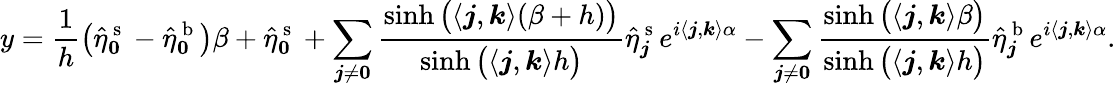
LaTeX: y=\frac{1}{h}\big(\hat{\eta}_{\boldsymbol 0}^{\mathrm{~s~}}-\hat{\eta}_{\boldsymbol 0}^{\mathrm{~b~}}\big)\beta+\hat{\eta}_{\boldsymbol 0}^{\mathrm{~s~}}+\sum_{\boldsymbol j\neq\boldsymbol 0}\frac{\sinh\big(\langle\boldsymbol j,\boldsymbol k\rangle(\beta+h)\big)}{\sinh\big(\langle\boldsymbol j,\boldsymbol k\rangle h\big)}\hat{\eta}_{\boldsymbol j}^{\mathrm{~s~}}e^{i\langle\boldsymbol j,\boldsymbol k\rangle\alpha}-\sum_{\boldsymbol j\neq\boldsymbol 0}\frac{\sinh\big(\langle\boldsymbol j,\boldsymbol k\rangle\beta\big)}{\sinh\big(\langle\boldsymbol j,\boldsymbol k\rangle h\big)}\hat{\eta}_{\boldsymbol j}^{\mathrm{~b~}}e^{i\langle\boldsymbol j,\boldsymbol k\rangle\alpha}.